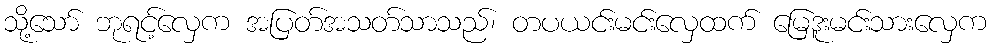
သို့သော် ဘုရင့်လှေက အပြတ်အသတ်သာသည်၊ တပယင်းမင်းလှေထက် မြေဒူးမင်းသားလှေက